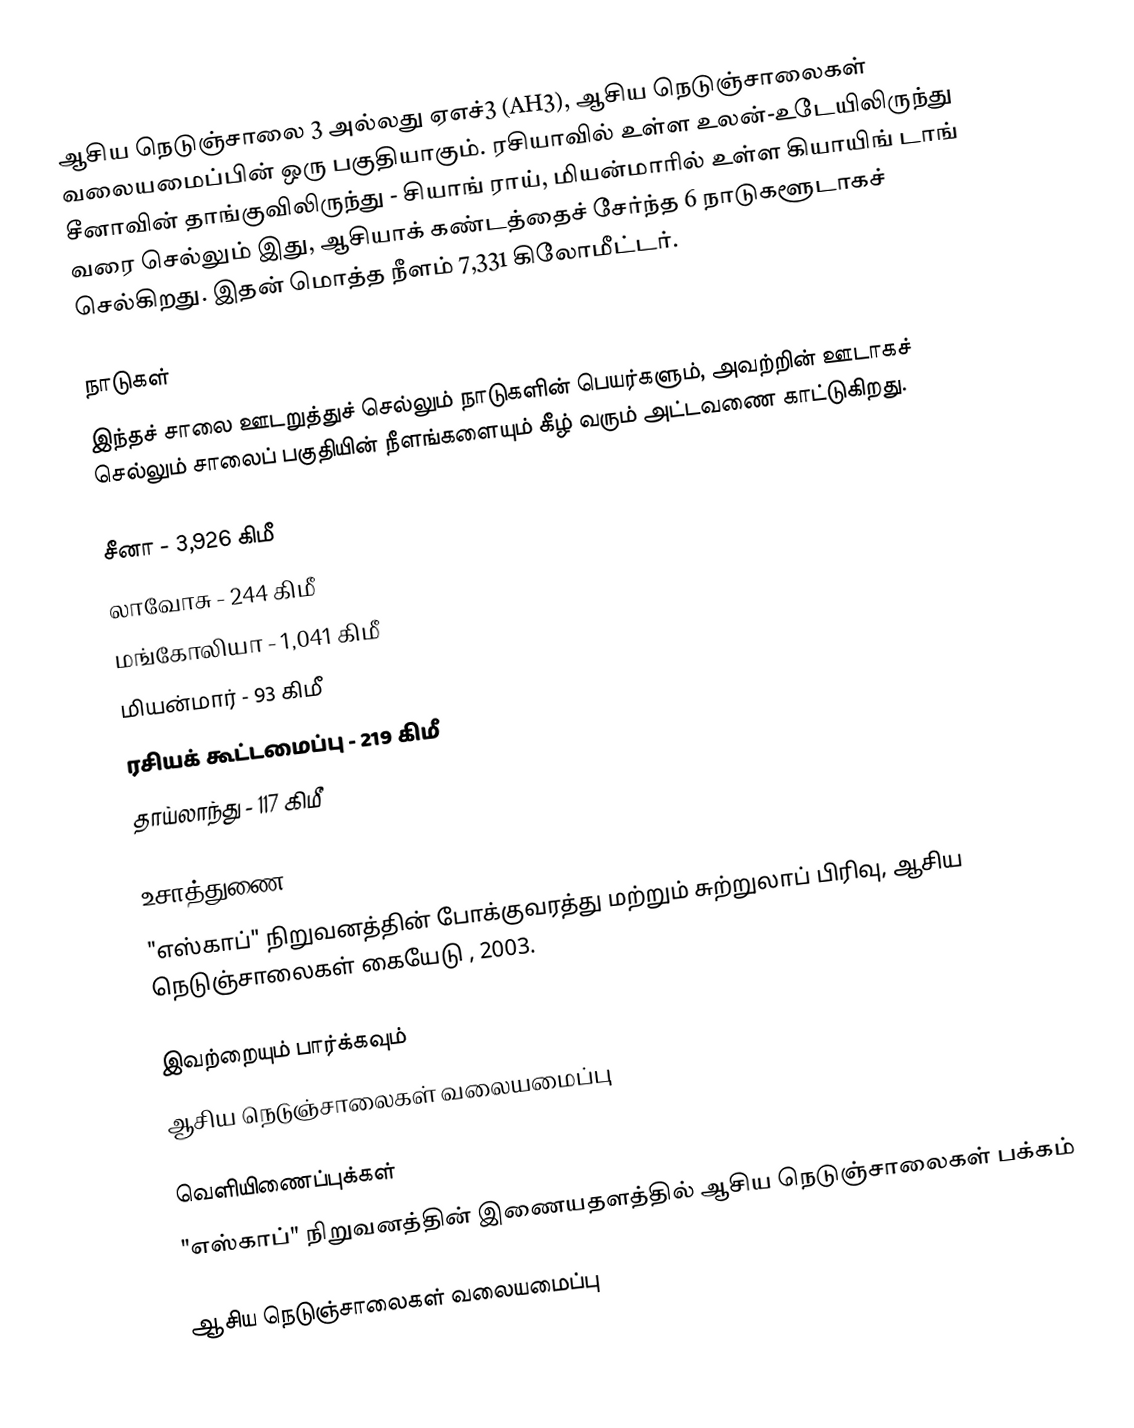
ஆசிய நெடுஞ்சாலை 3 அல்லது ஏஎச்3 (AH3), ஆசிய நெடுஞ்சாலைகள் வலையமைப்பின் ஒரு பகுதியாகும். ரசியாவில் உள்ள உலன்-உடேயிலிருந்து சீனாவின் தாங்குவிலிருந்து  - சியாங் ராய், மியன்மாரில் உள்ள கியாயிங் டாங் வரை செல்லும் இது, ஆசியாக் கண்டத்தைச் சேர்ந்த 6 நாடுகளூடாகச் செல்கிறது. இதன் மொத்த நீளம் 7,331 கிலோமீட்டர்.

நாடுகள்
இந்தச் சாலை ஊடறுத்துச் செல்லும் நாடுகளின் பெயர்களும், அவற்றின் ஊடாகச் செல்லும் சாலைப் பகுதியின் நீளங்களையும் கீழ் வரும் அட்டவணை காட்டுகிறது.

 சீனா - 3,926 கிமீ
 லாவோசு - 244 கிமீ
 மங்கோலியா - 1,041 கிமீ
 மியன்மார் - 93 கிமீ
 ரசியக் கூட்டமைப்பு - 219 கிமீ
 தாய்லாந்து - 117 கிமீ

உசாத்துணை
 "எஸ்காப்" நிறுவனத்தின் போக்குவரத்து மற்றும் சுற்றுலாப் பிரிவு, ஆசிய நெடுஞ்சாலைகள் கையேடு , 2003.

இவற்றையும் பார்க்கவும்
 ஆசிய நெடுஞ்சாலைகள் வலையமைப்பு

வெளியிணைப்புக்கள்
 "எஸ்காப்" நிறுவனத்தின் இணையதளத்தில் ஆசிய நெடுஞ்சாலைகள் பக்கம்

 ஆசிய நெடுஞ்சாலைகள் வலையமைப்பு